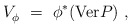
\begin{align*} V_\phi^{}~=~\phi^*(\mathrm{Ver} P)~,\end{align*}